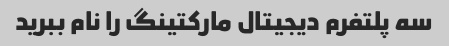
سه پلتفرم دیجیتال مارکتینگ را نام ببرید